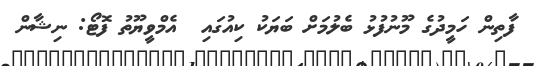
ފާތިން ހަމީދުގެ މޫނުފުޅު ބެލުމަށް ބަޔަކު ކިއުގައި  އެމްވީޔޫތު ފޮޓޯ: ނިޝާން